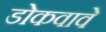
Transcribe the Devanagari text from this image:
डोकवावे